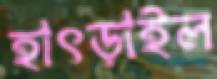
হাৎড়াইল